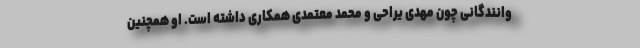
وانندگانی چون مهدی یراحی و محمد معتمدی همکاری داشته است. او همچنین